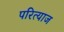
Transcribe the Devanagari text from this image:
परित्याज